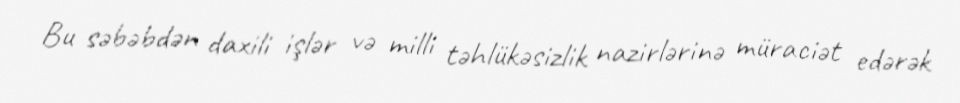
Bu səbəbdən daxili işlər və milli təhlükəsizlik nazirlərinə müraciət edərək